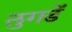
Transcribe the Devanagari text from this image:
लुगडें